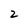
Character: 2